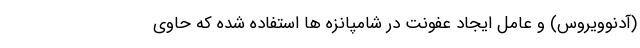
(آدنوویروس) و عامل ایجاد عفونت در شامپانزه ها استفاده شده که حاوی